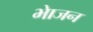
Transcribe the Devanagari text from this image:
भाेजन